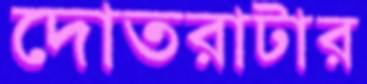
দোতরাটার